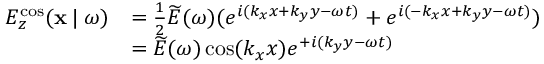
\begin{array} { r l } { E _ { z } ^ { \mathrm { c o s } } ( \mathbf { x } \: | \: \omega ) } & { = \frac { 1 } { 2 } \widetilde { E } ( \omega ) ( e ^ { i ( k _ { x } x + k _ { y } y - \omega t ) } + e ^ { i ( - k _ { x } x + k _ { y } y - \omega t ) } ) } \\ & { = \widetilde { E } ( \omega ) \cos ( k _ { x } x ) e ^ { + i ( k _ { y } y - \omega t ) } } \end{array}